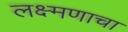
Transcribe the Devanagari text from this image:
लक्ष्मणाचा